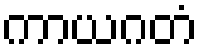
ကာယဂတံ